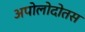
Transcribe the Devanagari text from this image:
अपोलोदोतस